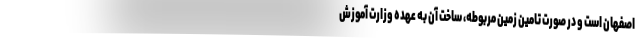
اصفهان است و در صورت تامین زمین مربوطه، ساخت آن به عهده وزارت آموزش